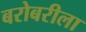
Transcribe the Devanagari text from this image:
बरोबरीला